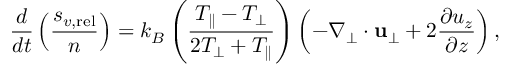
\frac { d } { d t } \left( \frac { s _ { v , \mathrm { r e l } } } { n } \right) = k _ { B } \left( \frac { T _ { \parallel } - T _ { \perp } } { 2 T _ { \perp } + T _ { \parallel } } \right) \left( - \nabla _ { \perp } \cdot { \bf u } _ { \perp } + 2 \frac { \partial u _ { z } } { \partial z } \right) ,